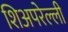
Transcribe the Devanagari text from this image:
शिअपरेल्ली